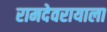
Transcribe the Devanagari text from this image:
रामदेवरायाला